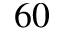
^ { 6 0 }